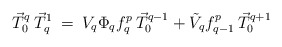
\begin{align*}\vec T_0^{q}\:\vec T_q^{1}\:=\:V_q\Phi_q f_q^p\:\vec T_0^{q-1}+\tilde{V}_q f_{q-1}^p\:\vec T_0^{q+1}\end{align*}